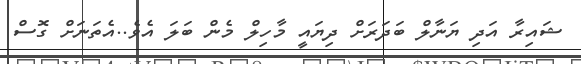
ޝައިރާ އަދި ޔަނާލް ބަދަރަށް ދިޔައީ މާހިލް މެން ބަލަ އެވެ..އެތަނަށް ގޮސް